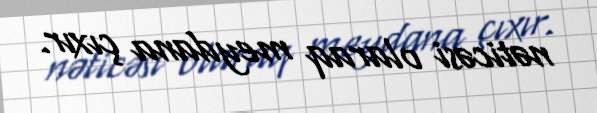
nəticəsi olaraq meydana çıxır.